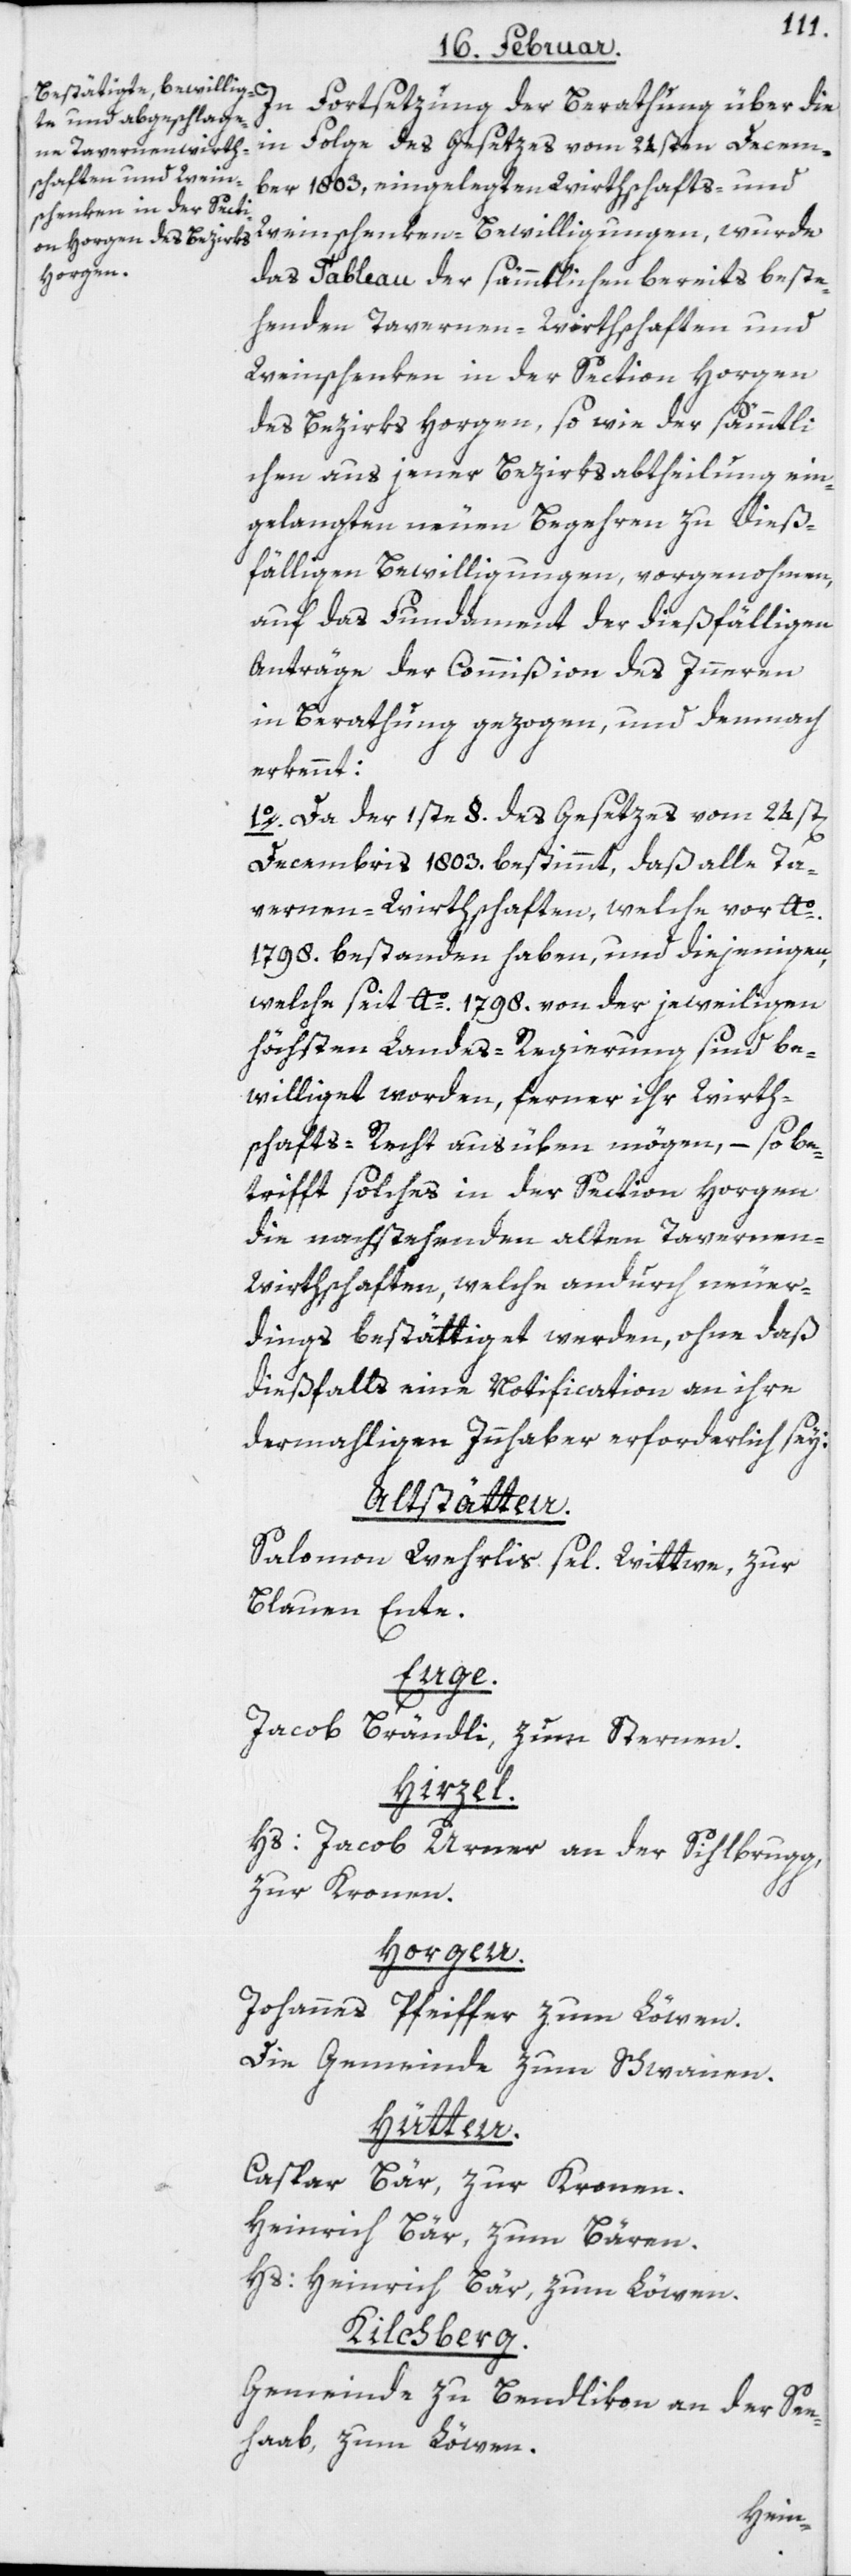
In Fortsetzung der Berathung über die
in Folge des Gesetzes vom 24sten Decem¬
ber 1803, eingelegten Wirthschafts- und
Weinschenken-Bewilligungen, wurde
das Tableau der sämmtlichen bereits beste¬
henden Tavernen-Wirthschaften und
Weinschenken in der Section Horgen
des Bezirks Horgen, so wie der sämmtli¬
chen aus jener Bezirksabtheilung ein¬
gelangten neuen Begehren zu dieß¬
fälligen Bewilligungen, vorgenohmen,
auf das Fundament der dießfälligen
Anträge der Commißion des Inneren
in Berathung gezogen, und demnach
erkennt:
1o. Da der 1ste §. des Gesetzes vom 24st[en]
Decembris 1803. bestimmt, daß alle Ta¬
vernen-Wirthschaften, welche vor Ao.
1798. bestanden haben, und diejenigen,
welche seit Ao. 1798. von der jeweiligen
höchsten Landes-Regierung sind be¬
williget worden, ferner ihr Wirth¬
schafts-Recht ausüben mögen, – so be¬
trifft solches in der Section Horgen
die nachstehenden alten Tavernen-W¬
irthschaften, welche andurch neuer¬
dings bestättiget werden, ohne daß
dießfalls eine Notification an ihre
dermahligen Innhaber erforderlich sey:
Altstätten.
Salomon Wehrlis sel. Wittwe, zur
Blauen Ente.
Enge.
Jacob Brändli, zum Sternen.
Hirzel.
Hs: Jacob Urner an der Sihlbrugg,
zur Kronen.
Horgen.
Johannes Pfeiffer, zum Löwen;
Die Gemeinde zum Schwanen.
Hütten.
Caspar Bär, zur Kronen.
Heinrich Bär, zum Bären.
Hs: Heinrich Bär, zum Löwen.
Kilchberg.
Gemeinde zu Bendlikon an der See¬
haab, zum Löwen.